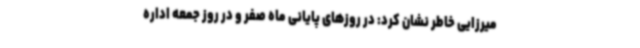
میرزایی خاطر نشان کرد: در روزهای پایانی ماه صفر و در روز جمعه اداره